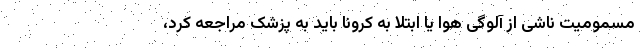
مسمومیت ناشی از آلوگی هوا یا ابتلا به کرونا باید به پزشک مراجعه کرد،